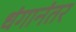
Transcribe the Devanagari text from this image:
धंगानंतर